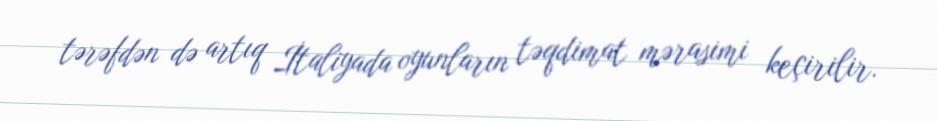
tərəfdən də artıq İtaliyada oyunların təqdimat mərasimi keçirilir.